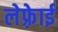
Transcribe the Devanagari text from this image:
लेफ़्रेाई